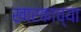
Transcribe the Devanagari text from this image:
खारकाच्या